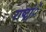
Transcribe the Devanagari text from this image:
राष्ट्रांे